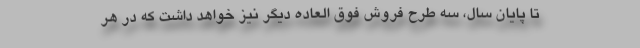
تا پایان سال، سه طرح فروش فوق العاده دیگر نیز خواهد داشت که در هر